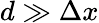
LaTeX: d\gg\Delta x